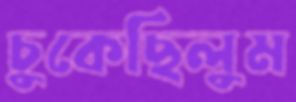
চুকেছিলুম